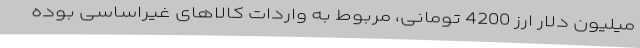
میلیون دلار ارز 4200 تومانی، مربوط به واردات کالاهای غیراساسی بوده